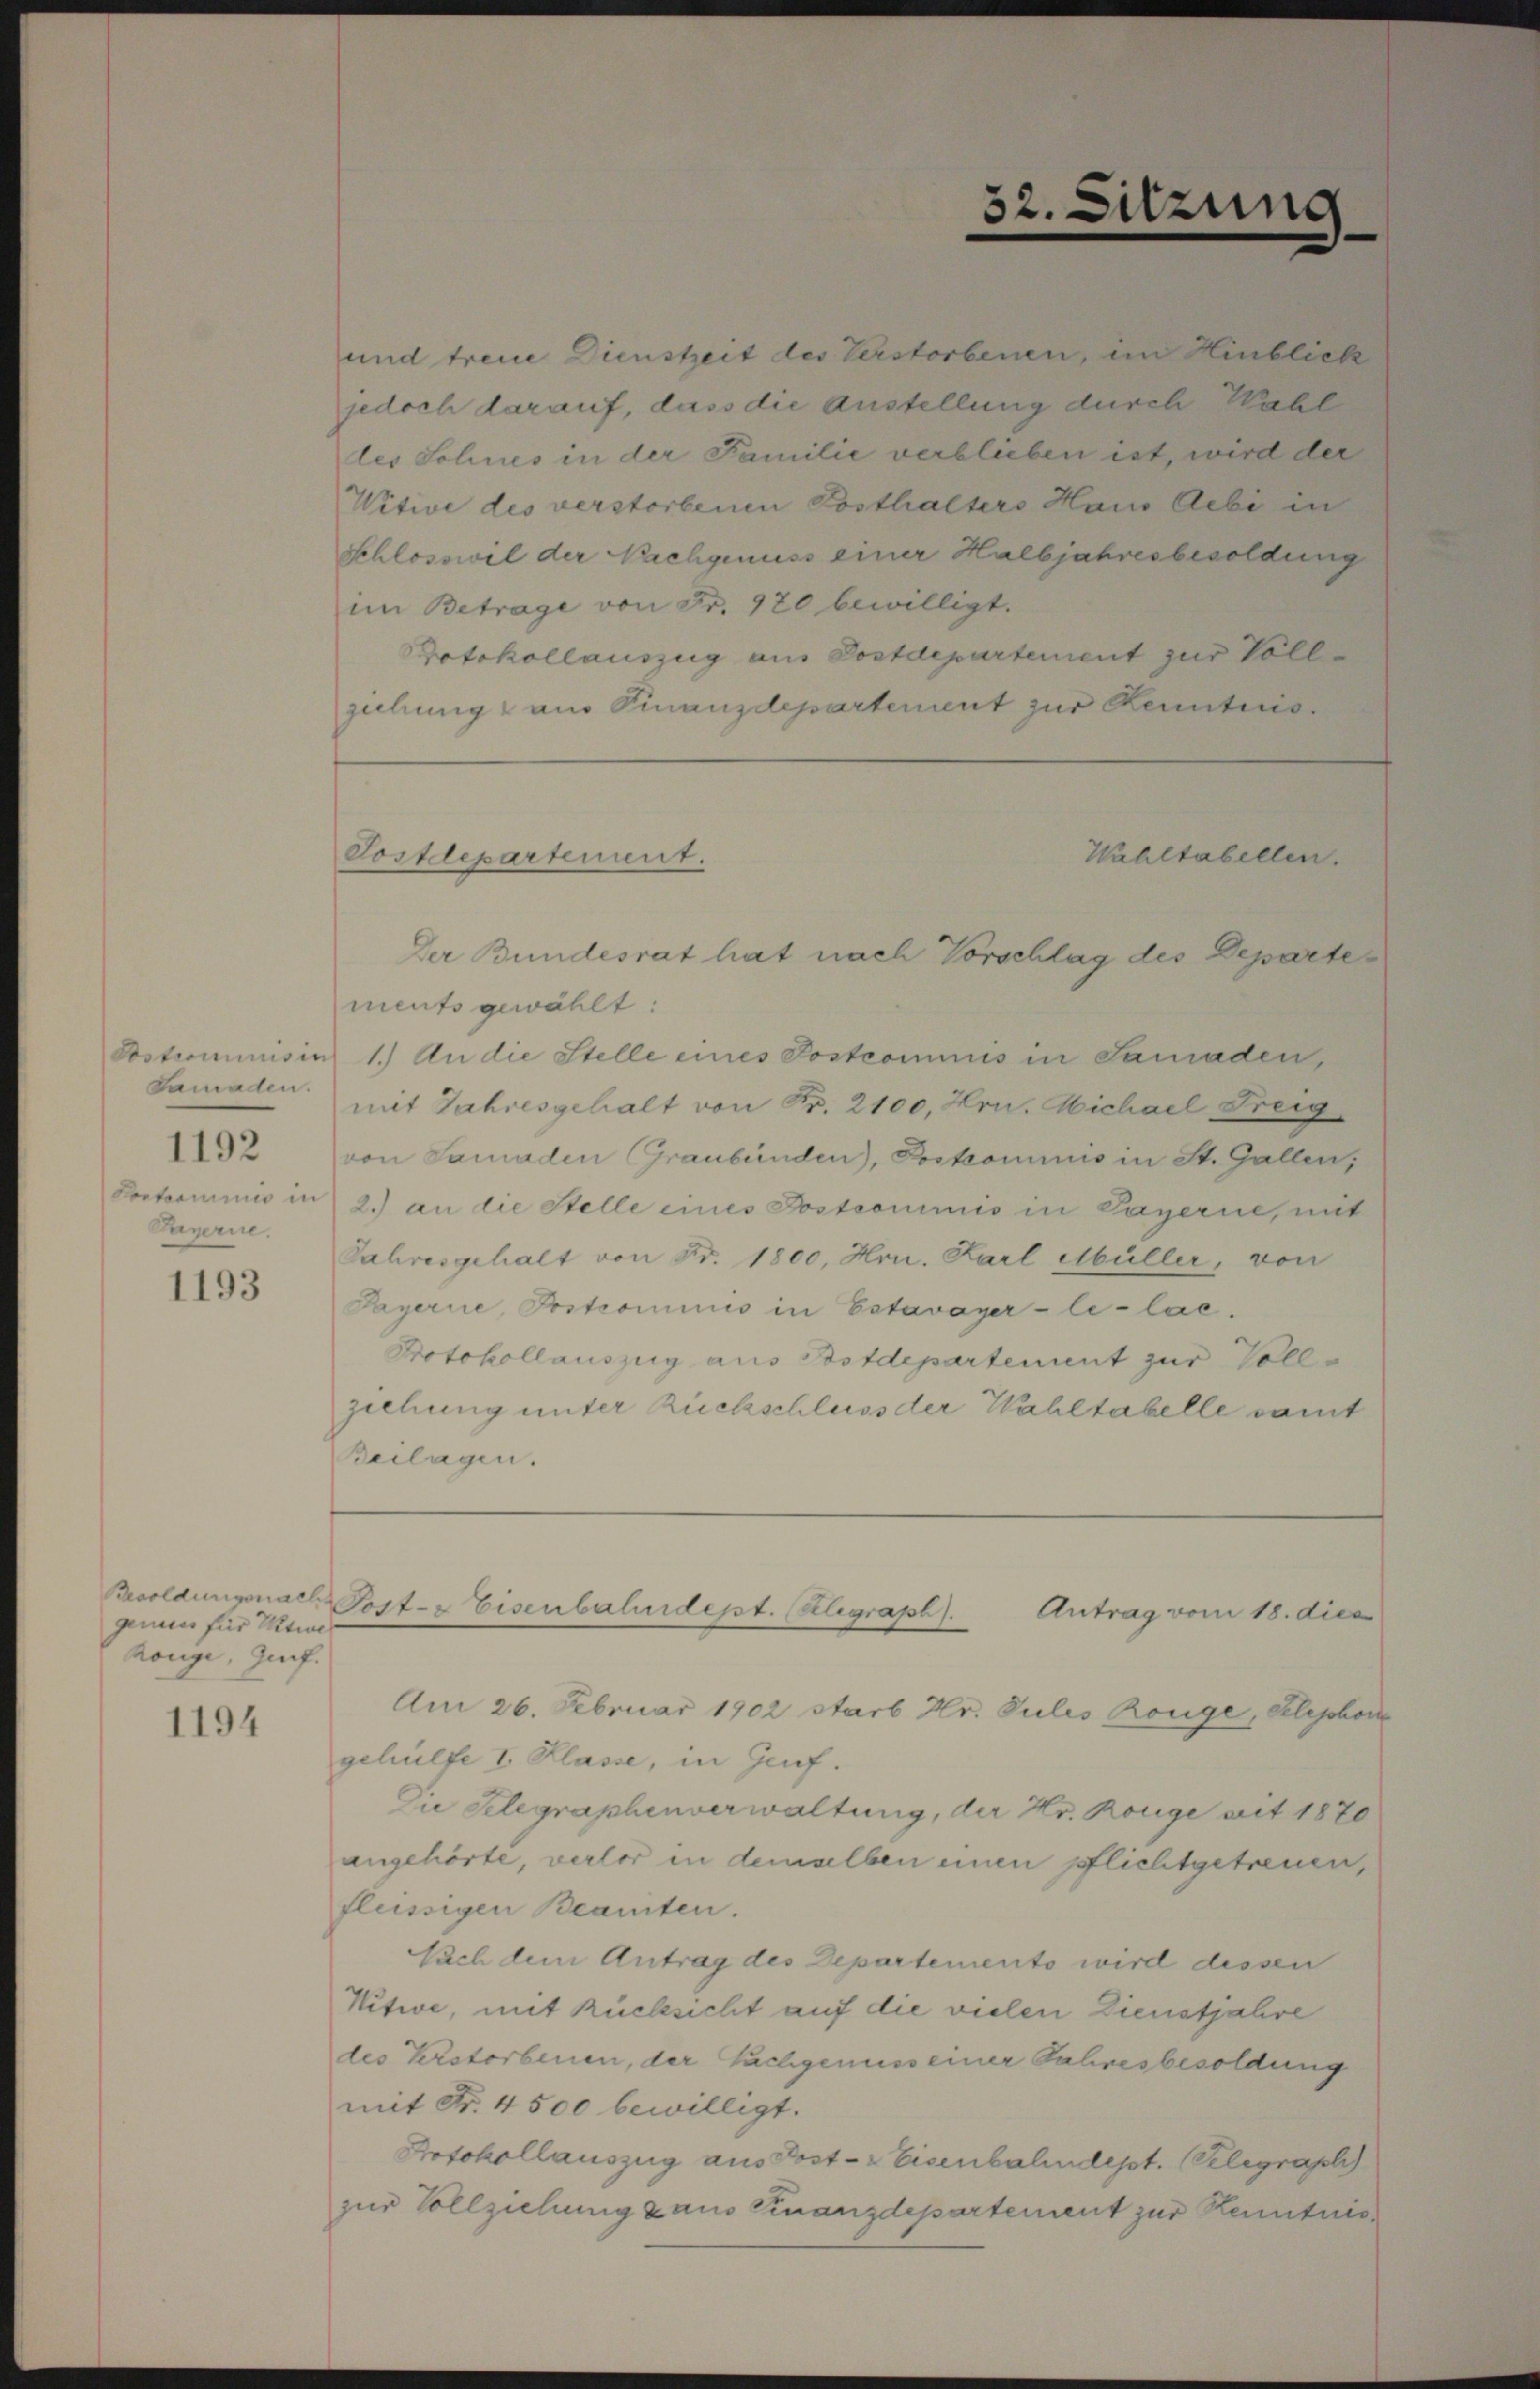
Samaten.
1192
Portoriumis in
Raperie.

1193

genaues für Witwe
höngi, Genf.

1194

und treue Dienstzeit des Verstorbenen, im Hinblick
jedoch darauf, dass die Austellung durch Wahl
les Schnes in der Familie verblieben ist, wird der
Witwe des verstorbenen Posthalters Haus Aebi in
Schlosswil der Nachgenuss einer Halbjahresbesoldung
im Betrage von Fr. 920 bewilligt.
Protokollauszug aus Postdepartement zur Vollziehung aus Finanzdepartement zur Kenntnis.

Postdepartement.

Wahltabellen.
ments gewählt:
Posteriminis in 1.) An die Stelle eines Postcommnis in Samaden,
mit Jahresgehalt von Fr. 2100, Hrn. Michael Freig
von Samaden Graubünden), Poskommnis in St. Gallen,
2.) an die Stelle eines Postcommis in Payerne, mit
Jahresgehalt von Fr. 1800, Hrn. Karl Müller, von
Payerne, Postrominis in Estavayer-le-lace.
Protokollauszug aus Bstdepartement zur Vollziehung unter Rückschluss der Wahltabelle samt
Beilagen.

Am 26. Februar 1902 starb Hr. Pules Ronge, Selephon
gehülfe I. Klasse, in Genf.
Die Telegraphenverwaltung, der Hr. Rouge seit 1870
angehörte, verlor in demselben einen pflichtgetreuen,
fleissigen Beamten.
Nach dem Antrag des Departements wird dessen
Nitwe, mit Rücksicht auf die vielen Dienstjahre
des Verstorbenen, der Fachgenuss einer Jahresbesoldung
mit Fr. 4500 bewilligt.
Protokollauszug aus Post- & Eisenbahndept. (Telegraphi
zur Vollziehung aus Finanzdepartement zur Kenntnis

52.

Der Bundesrat hat nach Vorschlag des Departe¬

sitzung

Besoldungsnach Post- & Eisenbahndept. (Klegraph).
Antrag vom 18. dies